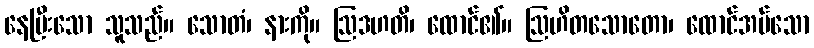
နေပြီးသော သူသည်။ သောတံ၊ နားကို။ ဩဒဟတိ၊ ထောင်၏။ ဩဟိတသောတော၊ ထောင်အပ်သော